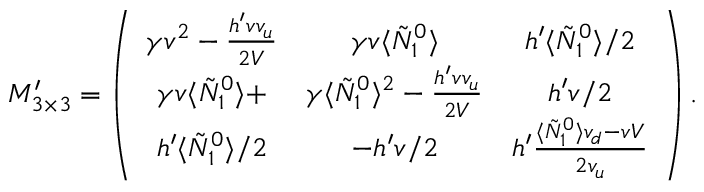
M _ { 3 \times 3 } ^ { \prime } = \left( \begin{array} { c c c } { { \gamma v ^ { 2 } - \frac { h ^ { \prime } v v _ { u } } { 2 V } } } & { { \gamma v \langle \tilde { N } _ { 1 } ^ { 0 } \rangle } } & { { h ^ { \prime } \langle \tilde { N } _ { 1 } ^ { 0 } \rangle / 2 } } \\ { { \gamma v \langle \tilde { N } _ { 1 } ^ { 0 } \rangle + } } & { { \gamma \langle \tilde { N } _ { 1 } ^ { 0 } \rangle ^ { 2 } - \frac { h ^ { \prime } v v _ { u } } { 2 V } } } & { { h ^ { \prime } v / 2 } } \\ { { h ^ { \prime } \langle \tilde { N } _ { 1 } ^ { 0 } \rangle / 2 } } & { { - h ^ { \prime } v / 2 } } & { { h ^ { \prime } \frac { \langle \tilde { N } _ { 1 } ^ { 0 } \rangle v _ { d } - v V } { 2 v _ { u } } } } \end{array} \right) .